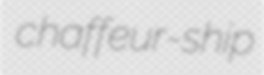
chaffeur-ship